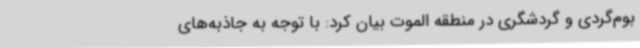
بوم‌گردی و گردشگری در منطقه الموت بیان کرد: با توجه به جاذبه‌های